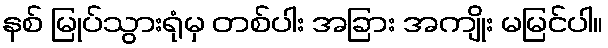
နစ် မြုပ်သွားရုံမှ တစ်ပါး အခြား အကျိုး မမြင်ပါ။